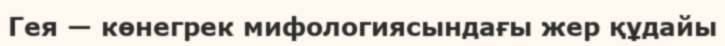
Гея — көнегрек мифологиясындағы жер құдайы